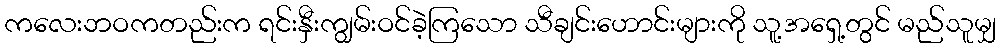
ကလေးဘဝကတည်းက ရင်းနှီးကျွမ်းဝင်ခဲ့ကြသော သီချင်းဟောင်းများကို သူ့အရှေ့တွင် မည်သူမျှ